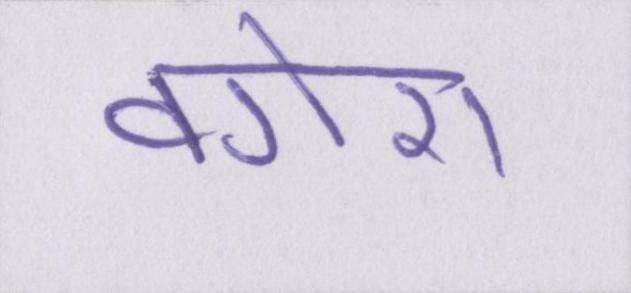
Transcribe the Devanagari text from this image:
वगेरा